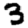
Digit: 3